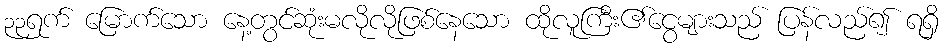
၃၃ရက် မြောက်သော နေ့တွင်ဆုံးမလိုလိုဖြစ်နေသော ထိုလူကြီး၏ငွေများသည် ပြန်လည်၍ ရရှိ